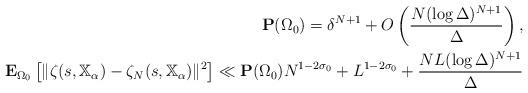
LaTeX: \begin{align*}\mathbf{P}(\Omega_0)= \delta^{N+1}+O\left(\frac{N(\log{\Delta})^{N+1}}{\Delta}\right), \\\mathbf{E}_{\Omega_0}\left[\|\zeta(s,\mathbb{X}_\alpha)-\zeta_N(s,\mathbb{X}_\alpha)\|^2\right] \ll \mathbf{P}(\Omega_0) N^{1-2\sigma_0}+ L^{1-2\sigma_0}+ \frac{NL (\log{\Delta})^{N+1}}{\Delta} \end{align*}